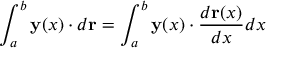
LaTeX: \int _ { a } ^ { b } \mathbf { y } ( x ) \cdot d \mathbf { r } = \int _ { a } ^ { b } \mathbf { y } ( x ) \cdot { \frac { d \mathbf { r } ( x ) } { d x } } d x